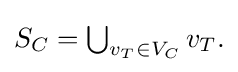
{\textstyle S_{C}=\bigcup _{v_{T}\in V_{C}}v_{T}.}